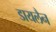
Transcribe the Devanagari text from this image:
डायलैन